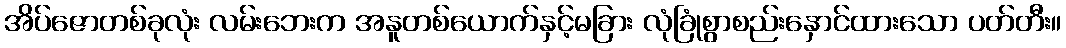
အိပ်ဇောတစ်ခုလုံး လမ်းဘေးက အနူတစ်ယောက်နှင့်မခြား လုံခြုံစွာစည်းနှောင်ထားသော ပတ်တီး။